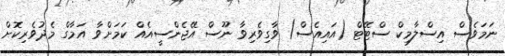
ނަމަވެސް އިސްލާމިކް ސްޓޭޓް (އައިއެސް) ވާގިވެރިވާ ނޫސް އޭޖެންސީއެއް ކަމަށްވާ އަމާގް މެދުވެރިކޮށް